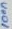
Text: 100n